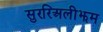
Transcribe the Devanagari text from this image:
सुररिअलीझम